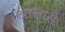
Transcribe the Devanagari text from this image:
आलासे